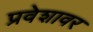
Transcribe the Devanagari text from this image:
प्रवेशावर